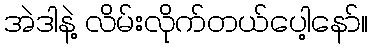
အဲဒါနဲ့ လိမ်းလိုက်တယ်ပေါ့နော်။